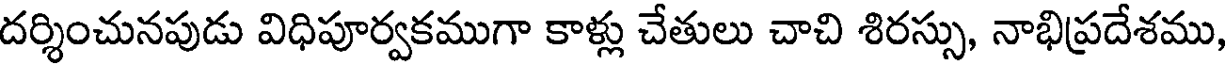
దర్శించునపుడు విధిపూర్వకముగా కాళ్లు చేతులు చాచి శిరస్సు, నాభిప్రదేశము,